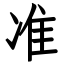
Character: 准